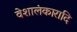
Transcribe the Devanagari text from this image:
वेशालंकारादि